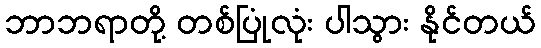
ဘာဘရာတို့ တစ်ပြုံလုံး ပါသွား နိုင်တယ်